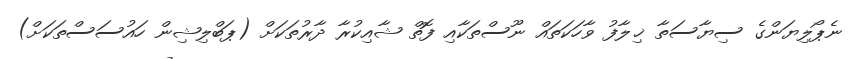
ނެޕޯލިޔަންގެ ސިޔާސަތާ ޚިލާފު ވާހަކަތައް ނޫސްތަކާއި ފޮތް ޝާއިކުރާ ދާރުތަކަށް (ޕަބްލިޝިން ހައުސަސްތަކަށް)